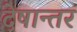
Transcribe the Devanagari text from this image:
देषान्‍तर